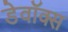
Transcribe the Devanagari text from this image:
डेवॉक्स